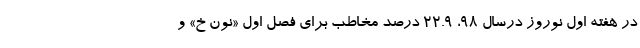
در هفته اول نوروز درسال 98، 22.9 درصد مخاطب برای فصل اول «نون خ» و